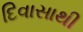
દિવાસાથી